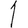
Digit: 1